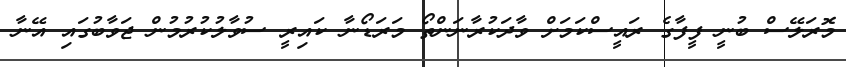
މޮރަލޭސް ބުނީ ފީފާގެ ރައީސްކަމަށް ވާދަކުރާނަންތޯ މަރަޑޯނާ ކައިރީ ސުވާލުކުރުމުން ޖަވާބުގައި އޭނާ